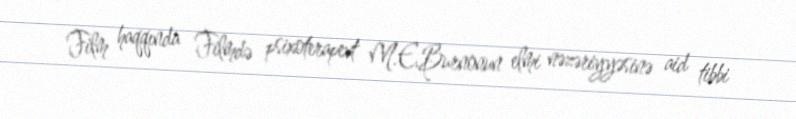
Film haqqında Filmdə psixoterapevt M.E.Burnonun elmi nəzəriyyəsinə aid tibbi